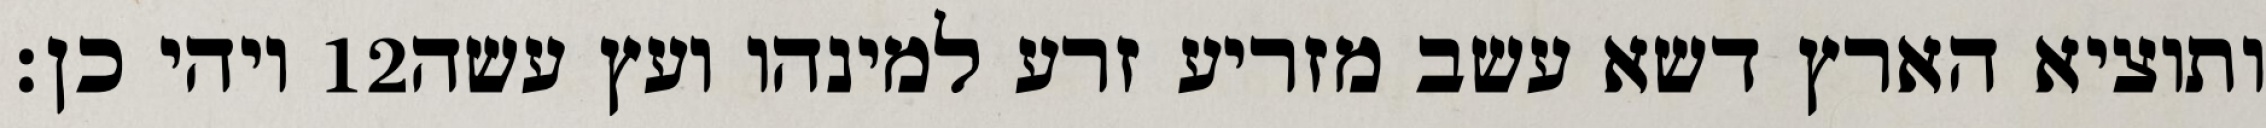
ויהי כן׃ ‎12‏ ותוציא הארץ דשא עשב מזריע זרע למינהו ועץ עשה